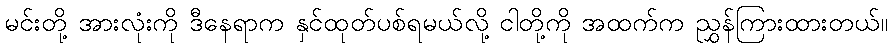
မင်းတို့ အားလုံးကို ဒီနေရာက နှင်ထုတ်ပစ်ရမယ်လို့ ငါတို့ကို အထက်က ညွှန်ကြားထားတယ်။